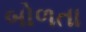
બોળતા